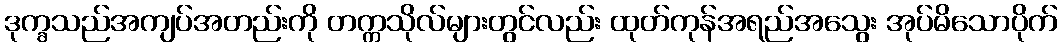
ဒုက္ခသည်အကျပ်အတည်းကို တက္ကသိုလ်များတွင်လည်း ထုတ်ကုန်အရည်အသွေး အုပ်မိသောပိုက်